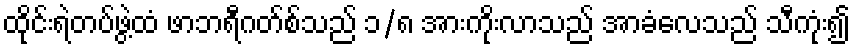
ထိုင်းရဲတပ်ဖွဲ့ထံ ဖာဘရီဂတ်စ်သည် ၁/၈ အားကိုးလာသည် အာခံလေသည် သီကုံး၍